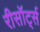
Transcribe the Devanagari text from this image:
रीसॉर्ट्स